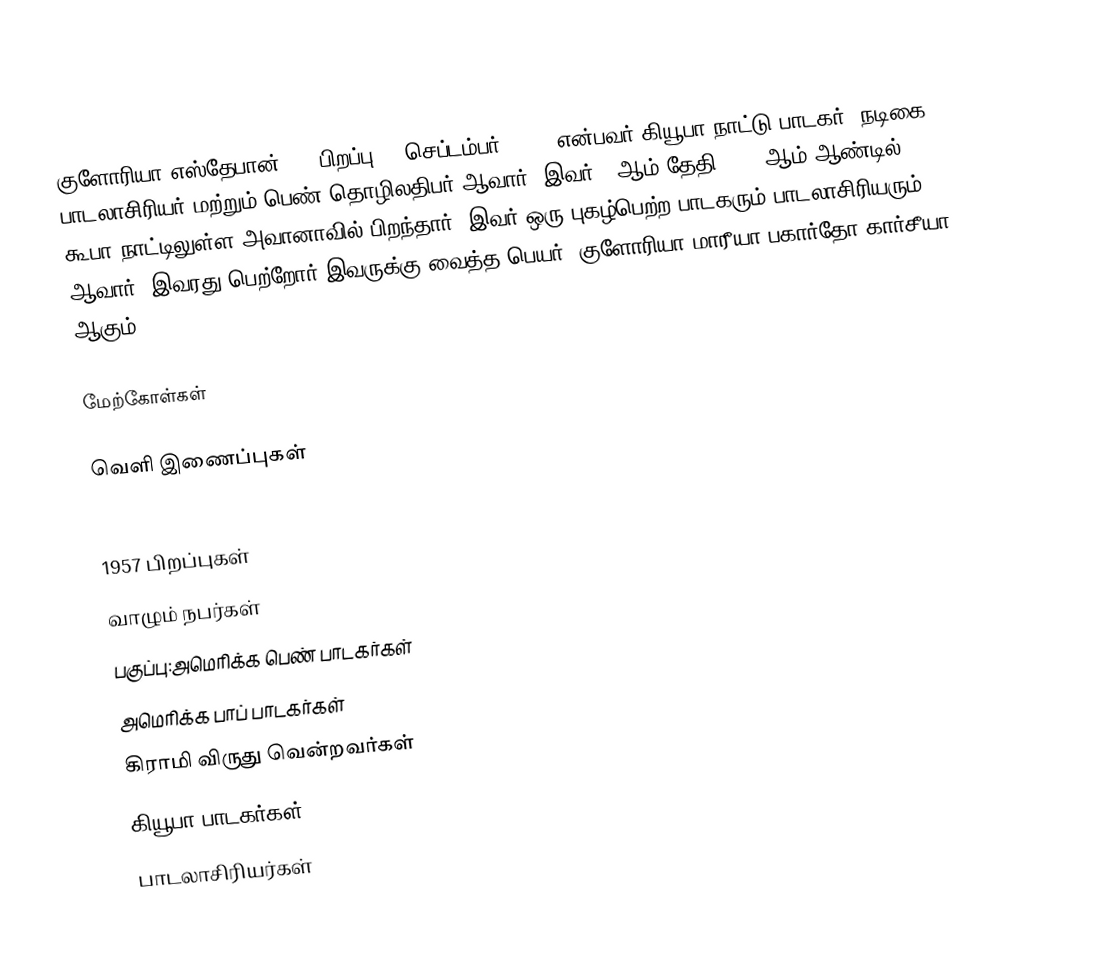
குளோரியா எஸ்தேபான் () (பிறப்பு: 1 செப்டம்பர் 1957) என்பவர் கியூபா நாட்டு பாடகர், நடிகை, பாடலாசிரியர் மற்றும் பெண் தொழிலதிபர் ஆவார். இவர் 1 ஆம் தேதி 1957 ஆம் ஆண்டில் கூபா நாட்டிலுள்ள அவானாவில் பிறந்தார். இவர் ஒரு புகழ்பெற்ற பாடகரும் பாடலாசிரியரும் ஆவார். இவரது பெற்றோர் இவருக்கு வைத்த பெயர் 'குளோரியா மாரீயா பகார்தோ கார்சீயா' ஆகும்.

மேற்கோள்கள்

வெளி இணைப்புகள்

1957 பிறப்புகள்
வாழும் நபர்கள்
பகுப்பு:அமெரிக்க பெண் பாடகர்கள்
அமெரிக்க பாப் பாடகர்கள்
கிராமி விருது வென்றவர்கள்
கியூபா பாடகர்கள்
பாடலாசிரியர்கள்